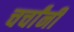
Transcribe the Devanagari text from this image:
चर्चांनी